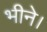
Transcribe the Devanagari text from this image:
भीने।